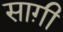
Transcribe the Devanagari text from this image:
साग़ी